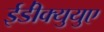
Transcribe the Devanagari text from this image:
ईडी॑क्युयुए